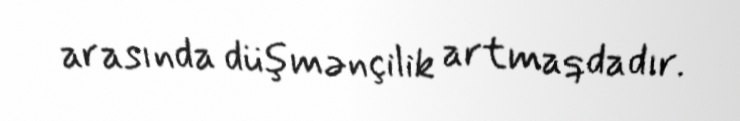
arasında düşmənçilik artmaqdadır.